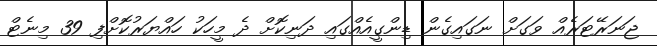
ޖަނަރޭޓަރެއް ވަގަށް ނަގައިގެން ޑިންގީއެއްގައި ދަނިކޮށް ދެ މީހަކު ހައްޔަރުކޮށްފި 39 މިނެޓް